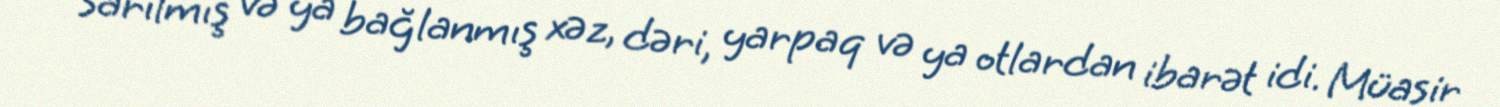
sarılmış və ya bağlanmış xəz, dəri, yarpaq və ya otlardan ibarət idi. Müasir